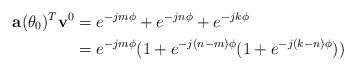
LaTeX: \begin{align*}\mathbf{a}(\theta_{0})^{T}\mathbf{v}^{0}&=e^{-jm\phi}+e^{-jn\phi}+e^{-jk\phi}\\&=e^{-jm\phi}(1+e^{-j(n-m)\phi}(1+e^{-j(k-n)\phi}))\end{align*}